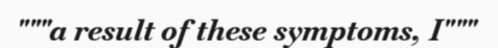
"""a result of these symptoms, I"""